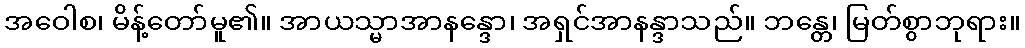
အဝေါစ၊ မိန့်တော်မူ၏။ အာယသ္မာအာနန္ဒော၊ အရှင်အာနန္ဒာသည်။ ဘန္တေ၊ မြတ်စွာဘုရား။